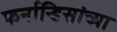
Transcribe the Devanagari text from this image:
फर्नान्डिसांच्या